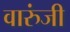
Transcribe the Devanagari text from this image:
वारुंजी